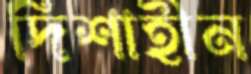
দিশাহীন